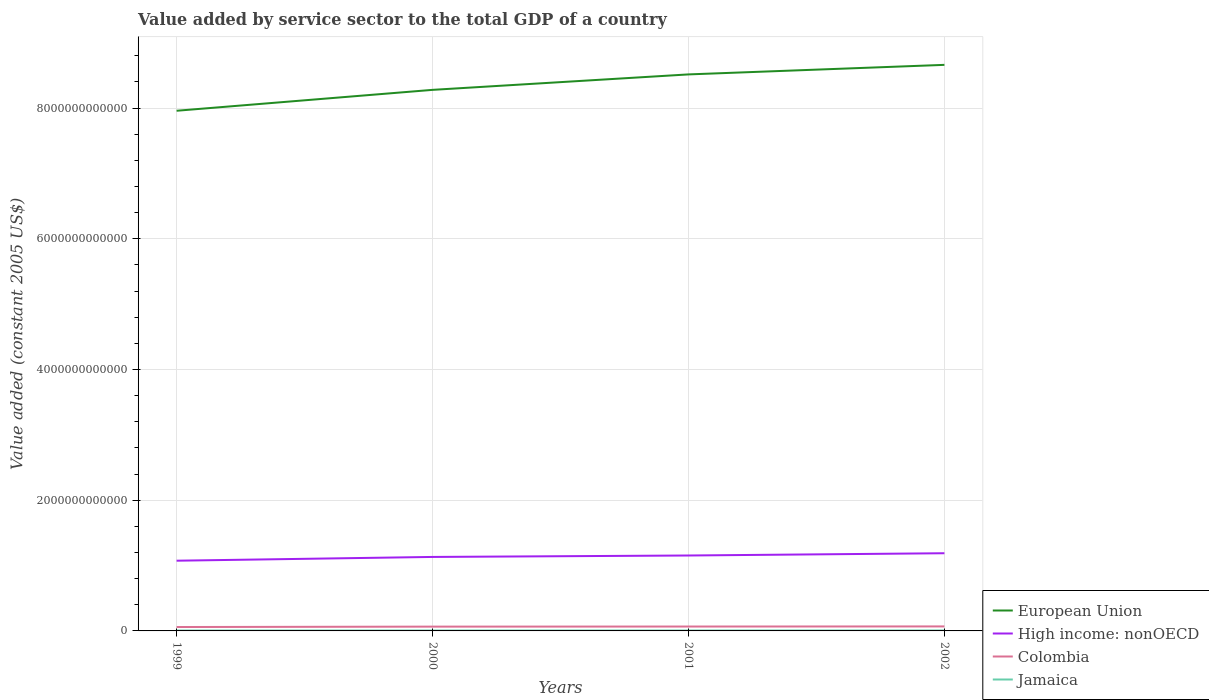
| Years | European Union | High income: nonOECD | Colombia | Jamaica |
 | --- | --- | --- | --- | --- |
 | 1999 | 7.96e+12 | 1.07e+12 | 5.97e+10 | 5.97e+09 |
 | 2000 | 8.28e+12 | 1.13e+12 | 6.58e+10 | 6.14e+09 |
 | 2001 | 8.51e+12 | 1.15e+12 | 6.72e+10 | 6.22e+09 |
 | 2002 | 8.66e+12 | 1.19e+12 | 6.89e+10 | 6.33e+09 |